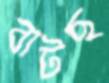
বাটছ